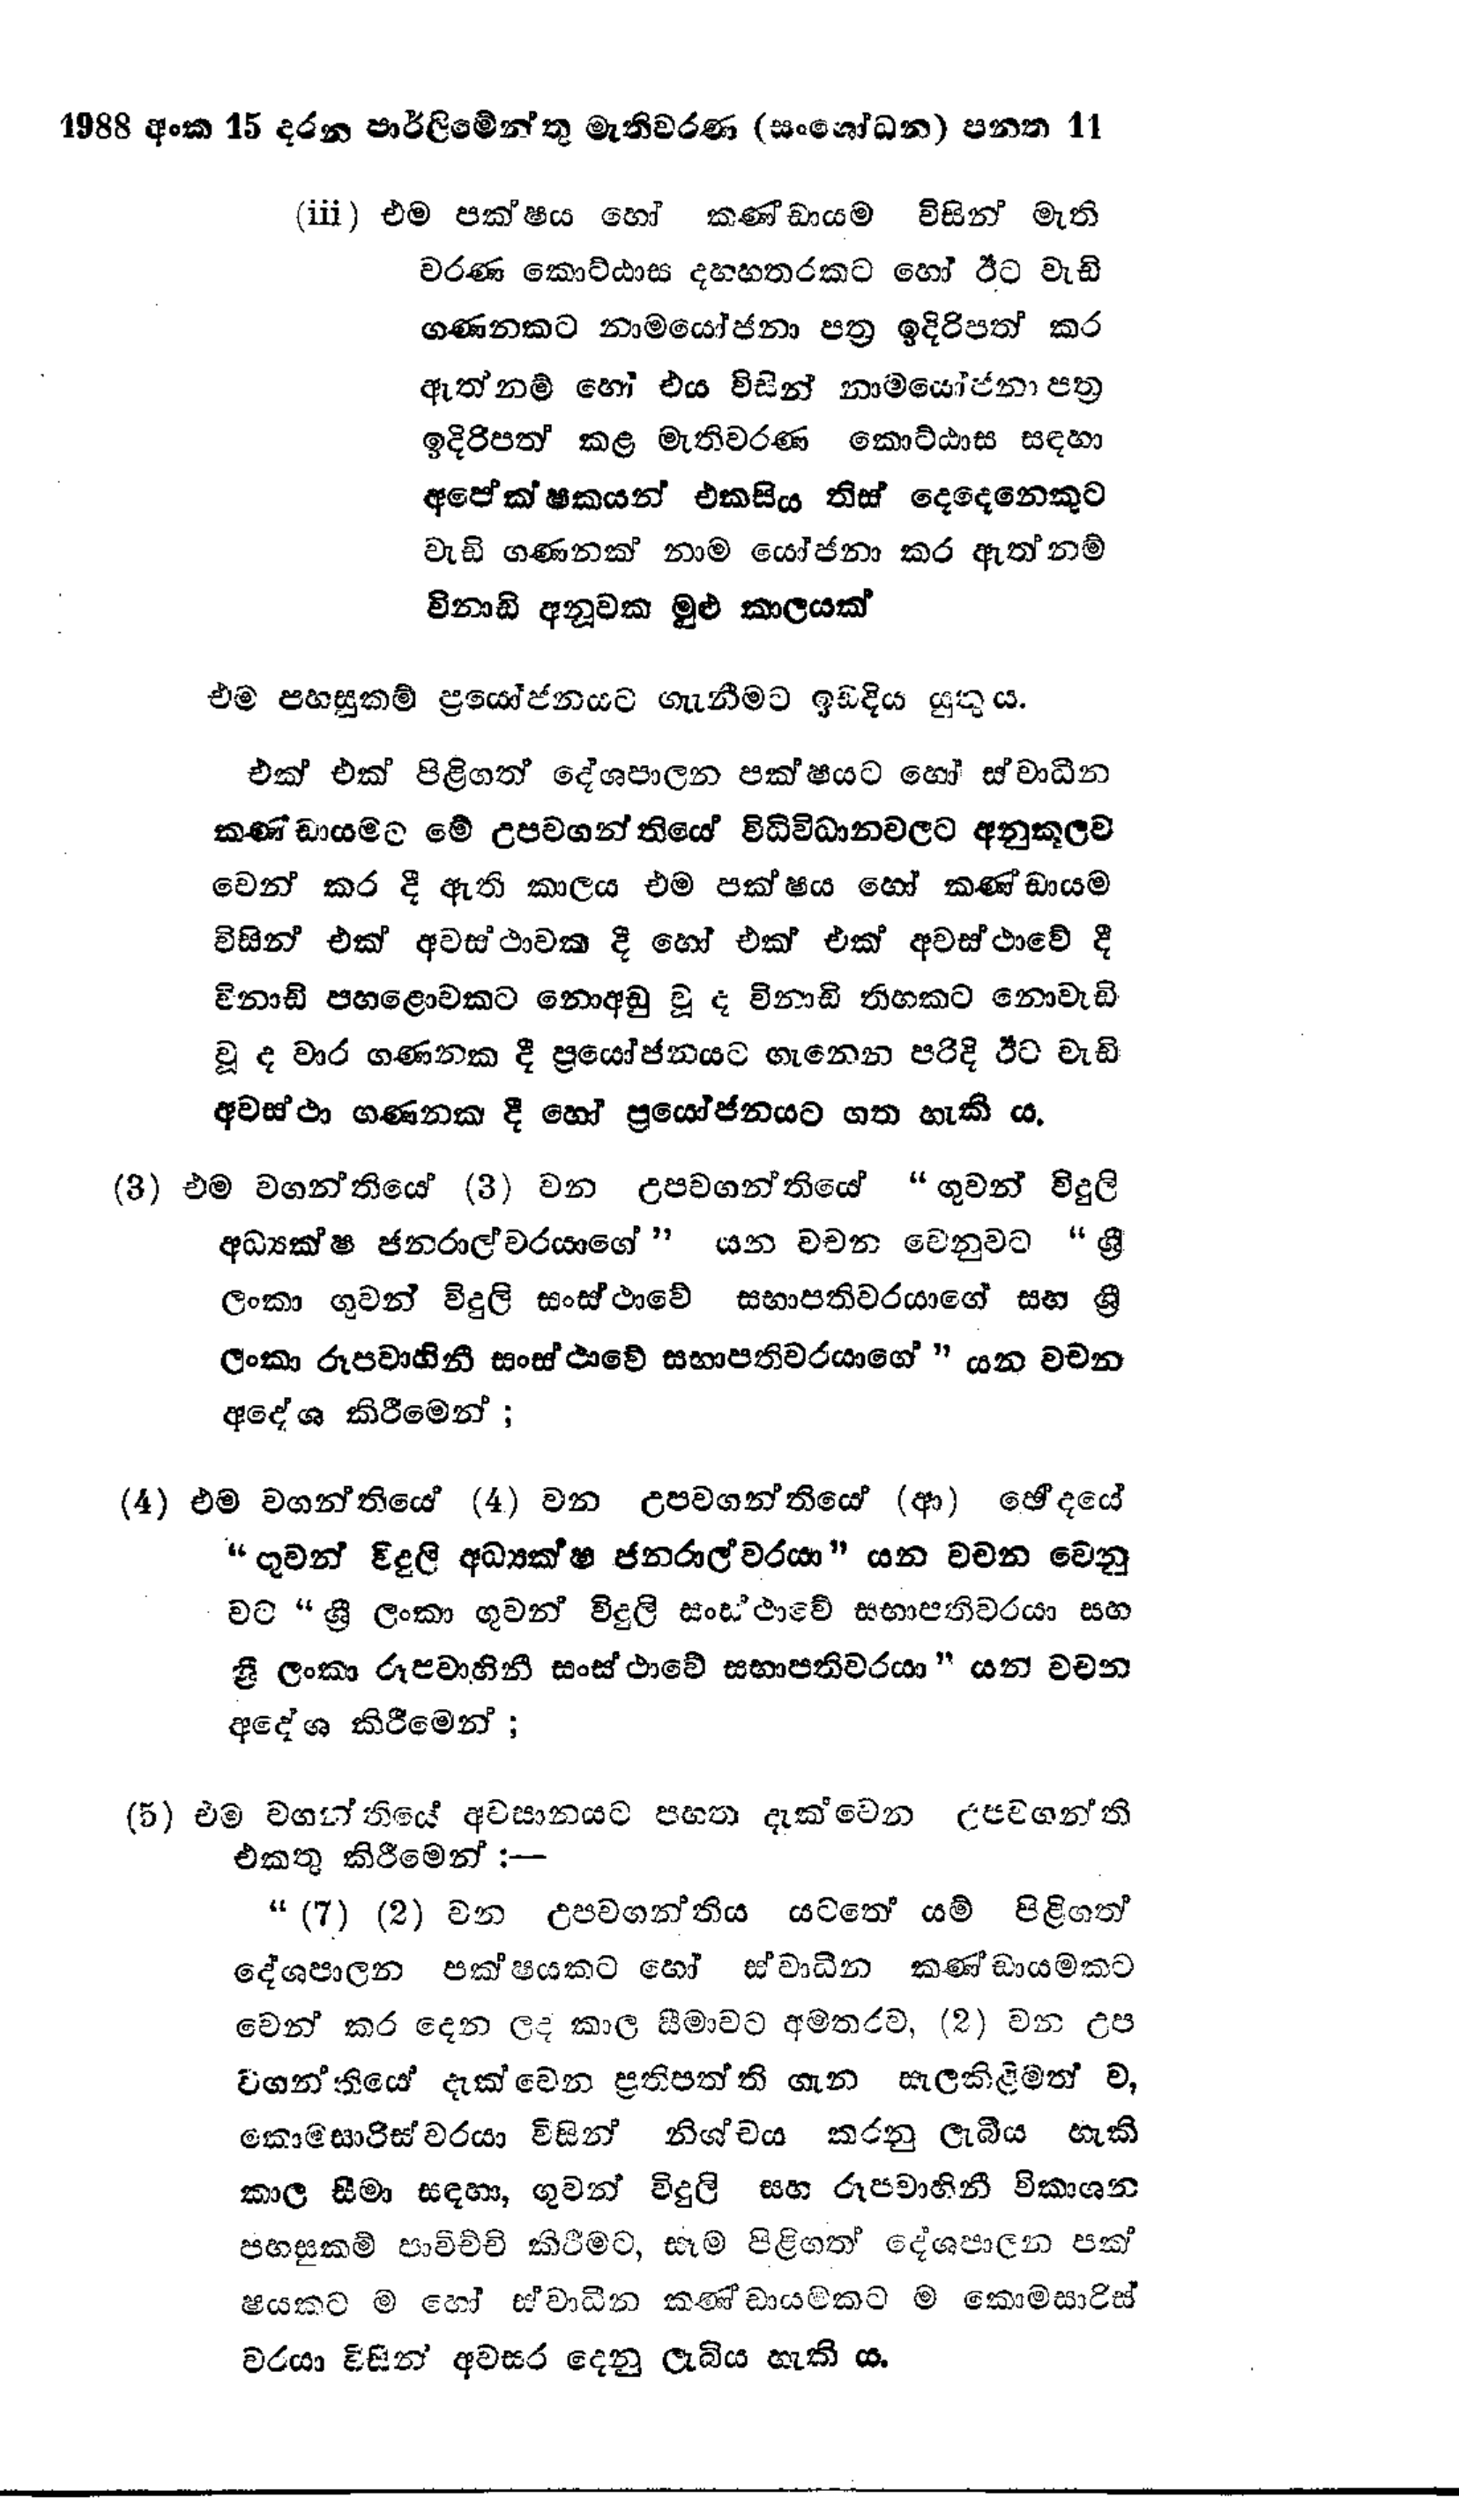
1988 අංක 15 දරන පාර්ලිමේන්තු මැතිවරණ (සංශෝධන) පනත 11

(iii) එම පක්ෂය හෝ කණ්ඩායම විසින් මැති
වරණ කොට්ඨාස දහහතරකට හෝ ඊට වැඩි
ගණනකට නාමයෝජනා පත්‍ර ඉදිරිපත් කර
ඇත්නම් හෝ එය විසින් නාමයෝජනා පත්‍ර
ඉදිරිපත් කළ මැතිවරණ කොට්ඨාස සඳහා
අපේක්ෂකයන් එකසිය තිස් දෙදෙනෙකුට
වැඩි ගණනක් නාම යෝජනා කර ඇත්නම්
විනාඩි අනූවක මුළු කාලයක්

එම පහසුකම් ප්‍රයෝජනයට ගැනීමට ඉඩදිය යුතු ය.

එක් එක් පිළිගත් දේශපාලන පක්ෂයට හෝ ස්වාධීන
කණ්ඩායමට මේ උපවගන්තියේ විධිවිධාන වලට අනුකූලව
වෙන් කර දී ඇති කාලය එම පක්ෂය හෝ කණ්ඩායම
විසින් එක් අවස්ථාවක දී හෝ එක් එක් අවස්ථාවේ දී
විනාඩි පහළොවකට නොඅඩු වූද විනාඩි තිහකට නොවැඩි
වූ ද වාර ගණනක දී ප්‍රයෝජනයට ගැනෙන පරිදි ඊට වැඩි
අවස්ථා ගණනක දී හෝ ප්‍රයෝජනයට ගත හැකි ය.

(3) එම වගන්තියේ (3) වන උපවගන්තියේ  "ගුවන් විදුලි
අධ්‍යක්ෂ ජනරාල්වරයාගේ " යන වචන වෙනුවට "ශ්‍රී
ලංකා ගුවන් විදුලි සංස්ථාවේ සභාපතිවරයාගේ සහ ශ්‍රී
ලංකා රූපවාහිනී සංස්ථාවේ සභාපතිවරයාගේ " යන වචන
අදේශ කිරීමෙන්;

(4) එම වගන්තියේ (4) වන උපවගන්තියෙ (ආ) ඡේදයේ
"ගුවන් විදුලි අධ්‍යක්ෂ ජනරාල්වරයා " යන වචන වෙනු
වට "ශ්‍රී ලංකා ගුවන් විදුලි සංස්ථාවේ සභාපතිවරයා සහ
ශ්‍රී ලංකා රූපවාහිනී සංස්ථාවේ සභාපතිවරයා" යන වචන
අදේශ කිරීමෙන්;

(5) එම වගන්තියේ අවසානයට පහත දැක්වෙන උපවගන්ති
එකතු කිරීමෙන්:-

“(7) (2) වන උපවගන්තිය යටතේ යම් පිළිගත්
දේශපාලන පක්ෂයකට හෝ ස්වාධීන කණ්ඩායමකට
වෙන් කර දෙන ලද කාල සීමාවට අමතරව, (2) වන උප
වගන්තියේ දැක්වෙන ප්‍රතිපත්ති ගැන – සැලකිළිමත් ව,
කොමසාරිස්වරයා විසින් නිශ්චය කරනු ලැබිය හැකි
කාල සීමා සඳහා, ගුවන් විදුලි සහ රූපවාහිනී විකාශන
පහසුකම් පාවිච්චි කිරීමට, සෑම පිළිගත් දේශපාලන පක්
ෂයකටම හෝ ස්වාධීන කණ්ඩායකටම කොමසාරිස්
වරයා විසින් අවසර දෙනු ලැබිය හැකි ය.